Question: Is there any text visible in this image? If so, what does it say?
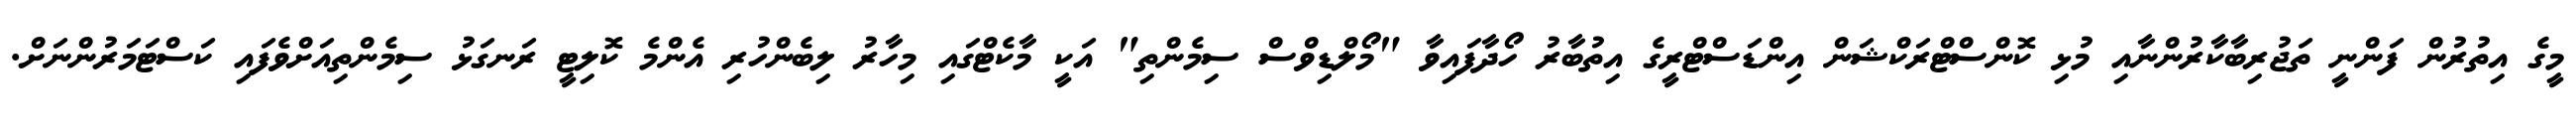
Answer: މީގެ އިތުރުން ފަންނީ ތަޖުރިބާކާރުންނާއި މުޅި ކޮންސްޓްރަކްޝަން އިންޑަސްޓްރީގެ އިތުބާރު ހޯދާފައިވާ "މޯލްޑިވްސް ސިމެންތި" އަކީ މާކެޓްގައި މިހާރު ލިބެންހުރި އެންމެ ކޮލިޓީ ރަނގަޅު ސިމެންތިއަށްވެފައި ކަސްޓަމަރުންނަށް.